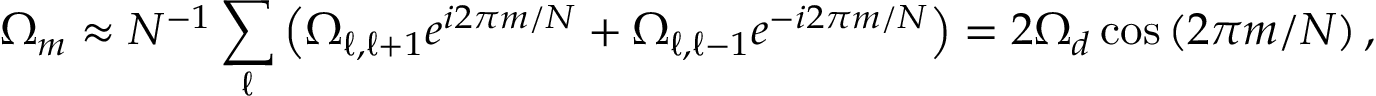
\Omega _ { m } \approx N ^ { - 1 } \sum _ { \ell } \left( \Omega _ { \ell , \ell + 1 } e ^ { i 2 \pi m / N } + \Omega _ { \ell , \ell - 1 } e ^ { - i 2 \pi m / N } \right) = 2 \Omega _ { d } \cos \left( 2 \pi m / N \right) ,